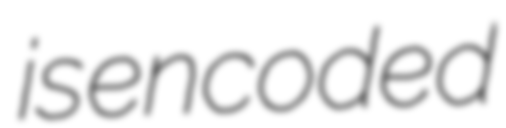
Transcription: is encoded